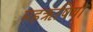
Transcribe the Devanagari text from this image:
महॠषियों